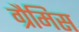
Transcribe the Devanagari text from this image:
ग्रैमिस